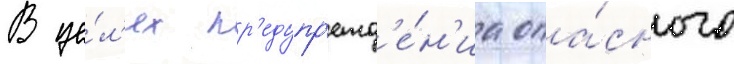
В це́л'ях пр'едупр'ежд'е́н'иа опа́сного